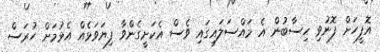
އޮފީހަށް ފޮނުވި ހިސާބުން އެ މައްސަލައިގައި ވެސް އެކަށީގެންވާ ފިޔަވަޅެއް އެޅުމަށް ހުރަސް